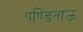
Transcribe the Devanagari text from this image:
पण्डिताऊ